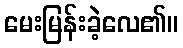
မေးမြန်းခဲ့လေ၏။